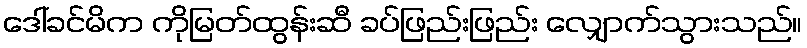
ဒေါ်ခင်မိက ကိုမြတ်ထွန်းဆီ ခပ်ဖြည်းဖြည်း လျှောက်သွားသည်။